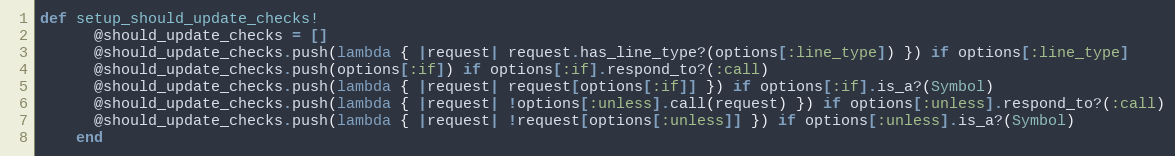
Language: Ruby
def setup_should_update_checks!
      @should_update_checks = []
      @should_update_checks.push(lambda { |request| request.has_line_type?(options[:line_type]) }) if options[:line_type]
      @should_update_checks.push(options[:if]) if options[:if].respond_to?(:call)
      @should_update_checks.push(lambda { |request| request[options[:if]] }) if options[:if].is_a?(Symbol)
      @should_update_checks.push(lambda { |request| !options[:unless].call(request) }) if options[:unless].respond_to?(:call)
      @should_update_checks.push(lambda { |request| !request[options[:unless]] }) if options[:unless].is_a?(Symbol)
    end